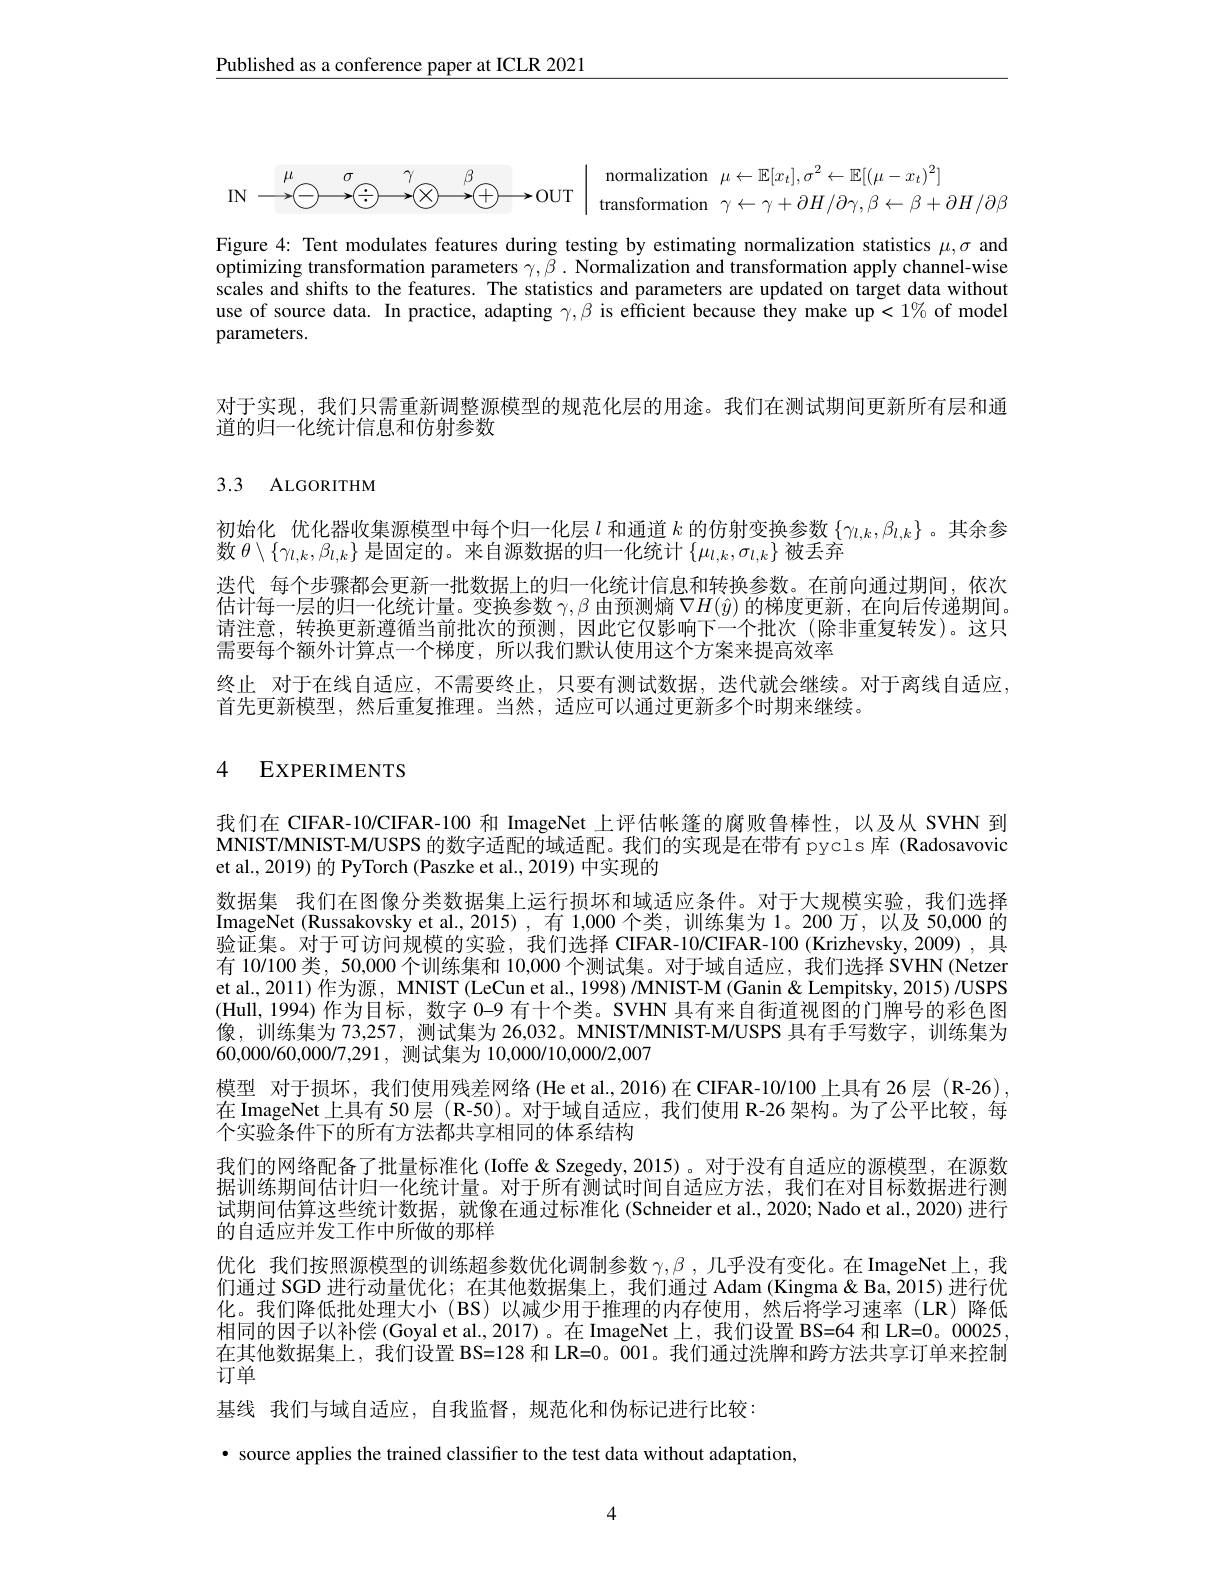
$\underline{\text{Published as a conference paper at ICLR 2021}}$
$$\begin{array}{ccccc}\mu&\sigma&\gamma&\beta\\\longrightarrow&-&-&-&-&-&-&-&-&-&-&-&-&-&-&-&-&-&-&-&-&-&-&-&-&-&-&-&-&-&-&-&-&-&-&-&-&-&-&-&-&-&-&-&-&-&-&-&-&&-&-&-&-&-&-&-&-&-&-&-&-&-&-&-&-&-&-&-&-&-&-&-&-&-&-&-&-&-&-&-&-&-&-&&&&&&&&&&&&&&&&&&&&&&&&&&&&&&&&&&&&&&&&&&&&&&&&&&&&&&&&&&&&&&&&&&&&&&&&&&&&&&&&&&&&&&&&&&&&&&&&&&&&&&&&&&&&&&&&&&&&&&&&&&&&&&&&&&&&&&&&&&&&&&&&&&&&&&&&&&&&&&&&&&&&&&&&&&&&&&&&&&&&&&&&&&&&&&&&&&&&&&&&&&&&&&&&&&&&&&&&&&&&&&&&&&&&&&&&&&&&&&&&&&&&&&&&&&&&&&&&&&&&&&&&&&&&&&&&&&&&&&&&&&&&&&&&&&&&&&&&&&&&&&&&&&&&&&&&&&&&&&&&&&&&&&&&&&&&&&&&&&&&&&&&&&&&&&&&&&&&&&&&&&&&&&&&&&&&&&&&&&&&&&&&&&&&&&&&&&&&&&&&&&&&&&&&&&&&&&&&&&&&&&&&&&&&&&&&&&&&&&&&&&&&&&&&&&&&&&&&&&&&&&&&&&&&&&&&&&&&&&&&&&&&&&&&&&&&&&&&&&&&&&&&&&&&&&&&&&&&&&&&&&&&&&&&&&&&&&&&&&&&&&&&&&&&&&&&&&&&&&&&&&&&&&&&&&&&&&&&&&&&&&&&&&&&&&&&&&&&&&&&&&&&&&&&&&&&&&&&&&&&&&&&&&&&&&&&&&&&&&&&&&&&&&&&&&&&&&&&&&&&&&&&&&&&&&&&&&&&&&&&&&&&&&&&&&&&&&&&&&&&&&&&&&&&&&&&&&&&&&&&&&&&&&&&&&&&&&&&&&&&&&&&&&&&&&&&&&&&&&&&&&&&&&&&&&&&&&&&&&&&&&&&&&&&&&&&&&&&&&&&&&&&&&&&&&&&&&&&&&&&&&&&&&&&&&&&&&&&&&&\end{array}$$
Figure 4: Tent modulates features during testing by estimating normalization statistics $\mu,\sigma$ and optimizing transformation parameters $\gamma,\tilde{\beta}.\tilde{\text{Normalization and transformation apply channel-wise}}$ scales and shifts to the features. The statistics and parameters are updated on target data without use of source data. In practice, adapting $\gamma,\beta$ is efficient because they make up<1% of model parameters.

对于实现，我们只需重新调整源模型的规范化层的用途。我们在测试期间更新所有层和通
道的归一化统计信息和仿射参数

# 3.3 ALGORITHM

初始化 优化器收集源模型中每个归一化层$l$和通道$k$的仿射变换参数$\{\gamma_{l,k},\beta_{l,k}\}$。其余参
数$\theta\setminus\{\gamma_{l,k},\beta_{l,k}\}$是固定的。来自源数据的归一化统计$\{\mu_l,k,\sigma_{l,k}\}$被丢弃
迭代 每个步骤都会更新一批数据上的归一化统计信息和转换参数。在前向通过期间，依次估计每一层的归一化统计量。变换参数$\gamma,\beta$由预测熵$\nabla H(\hat{y})$的梯度更新，在向后传递期间。请注意，转换更新遵循当前批次的预测，因此它仅影响下一个批次(除非重复转发)。这只需要每个额外计算点一个梯度，所以我们默认使用这个方案来提高效率
终止 对于在线自适应，不需要终止，只要有测试数据，迭代就会继续。对于离线自适应，
首先更新模型，然后重复推理。当然，适应可以通过更新多个时期来继续。

# 4 EXPERIMENTS

我们在 CIFAR-10/CIFAR-100 和 ImageNet 上评估帐篷的腐败鲁棒性，以及从 SVHN 到MNIST/MNIST-M/USPS 的数字适配的域适配。我们的实现是在带有 pycls库 (Radosavovic et al., 2019) 的 PyTorch (Paszke et al., 2019) 中实现的
数据集 我们在图像分类数据集上运行损坏和域适应条件。对于大规模实验，我们选择ImageNet (Russakovsky et al.,2015) ,有 1,000 个类，训练集为 1。200 万，以及 50,000 的验证集。对于可访问规模的实验，我们选择 CIFAR-10/CIFAR-100(Krizhevsky,2009),具有 10/100 类，50,000 个训练集和 10,000 个测试集。对于域自适应，我们选择 SVHN (Netzer et al., 2011) 作为源，MNIST (LeCun et al., 1998) /MNIST-M (Ganin& Lempitsky, 2015) /USPS (Hull,1994)作为目标，数字 0-9 有十个类。SVHN 具有来自街道视图的门牌号的彩色图像，训练集为 73,257, 测试集为 26,032。MNIST/MNIST-M/USPS 具有手写数字，训练集为60,000/60,000/7,291,测试集为 10,000/10,000/2,007
模型 对于损坏，我们使用残差网络 (He et al.,2016)在 CIFAR-10/100 上具有 26 层 (R-26), 在 ImageNet 上具有 50 层 (R-50)。对于域自适应，我们使用 R-26 架构。为了公平比较，每个实验条件下的所有方法都共享相同的体系结构
我们的网络配备了批量标准化(Ioffe &Szegedy,2015)。对于没有自适应的源模型，在源数据训练期间估计归一化统计量。对于所有测试时间自适应方法，我们在对目标数据进行测试期间估算这些统计数据，就像在通过标准化 (Schneider et al.,2020; Nado et al., 2020) 进行的自适应并发工作中所做的那样
优化 我们按照源模型的训练超参数优化调制参数$\gamma,\beta$ ,几乎没有变化。在 ImageNet 上，我们通过 SGD 进行动量优化；在其他数据集上，我们通过 Adam (Kingma& Ba, 2015) 进行优化。我们降低批处理大小(BS)以减少用于推理的内存使用，然后将学习速率(LR)降低相同的因子以补偿 (Goyal et al., 2017)。在 ImageNet 上，我们设置 BS=64 和 LR=0。00025在其他数据集上，我们设置 BS=128 和 LR=0。$\dot{0}$01。我们通过洗牌和跨方法共享订单来控制订单
基线 我们与域自适应，自我监督，规范化和伪标记进行比较：
· source applies the trained classifier to the test data without adaptation,

4